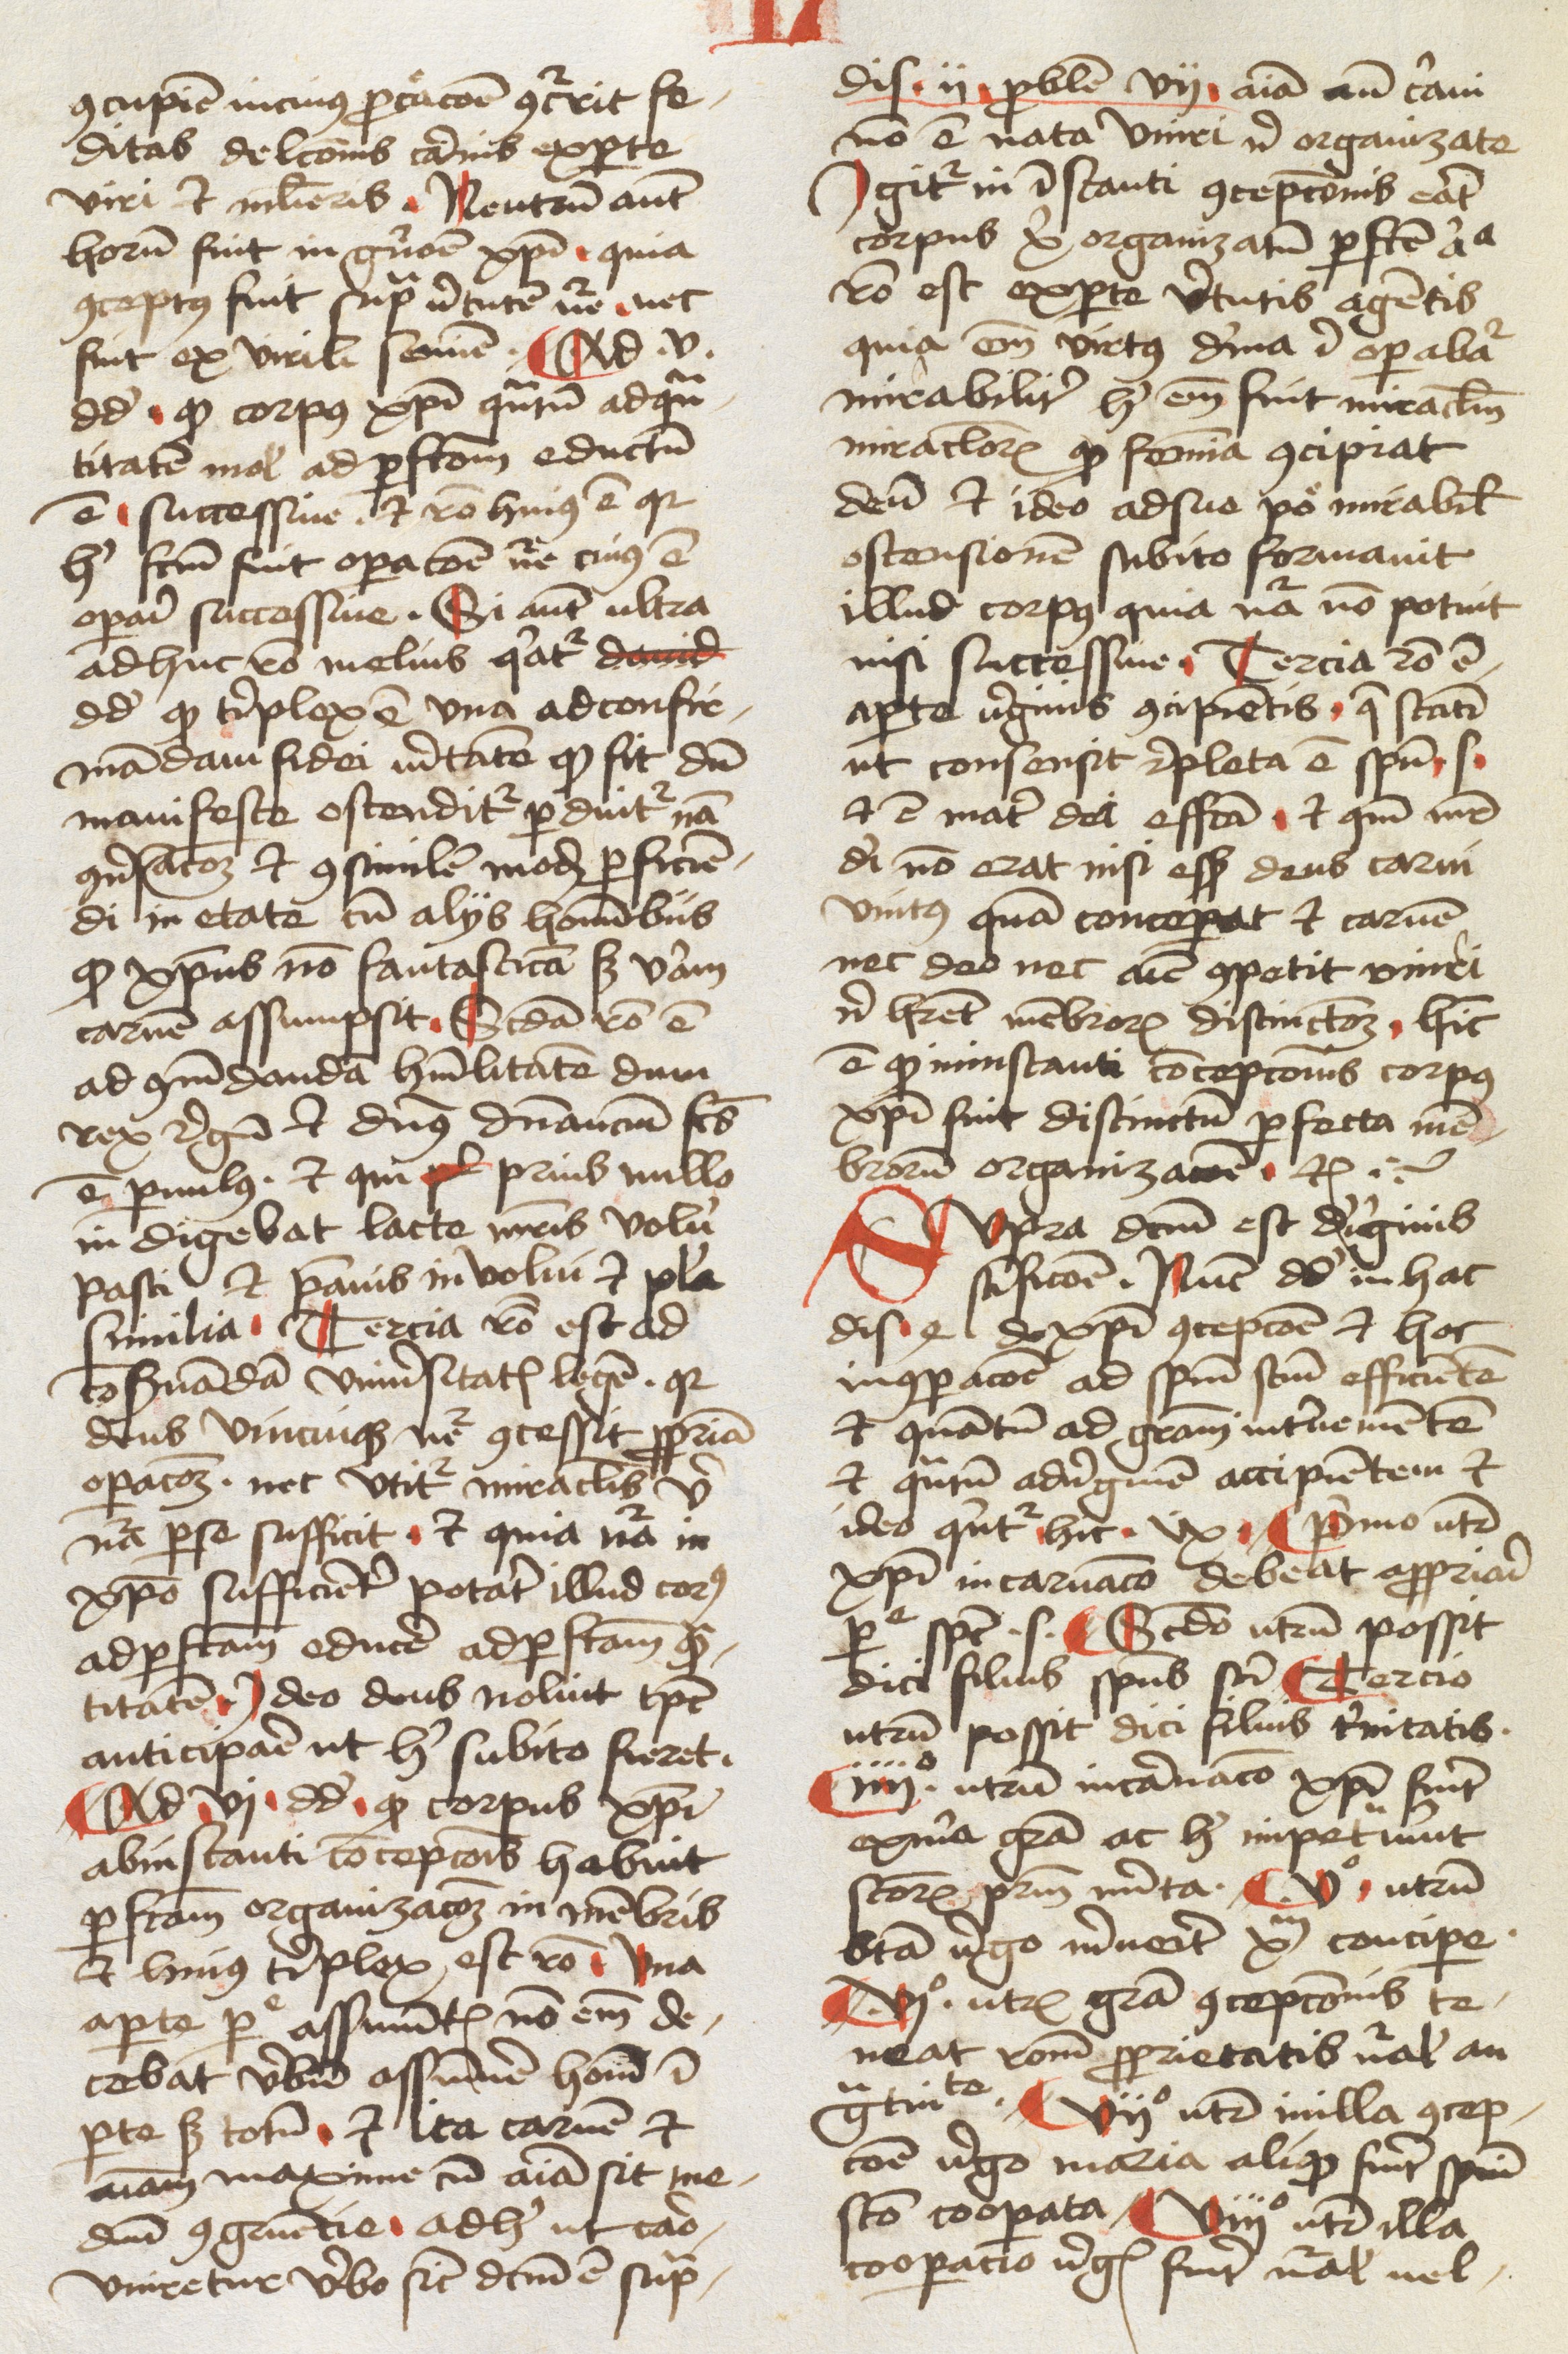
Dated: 1478–1478